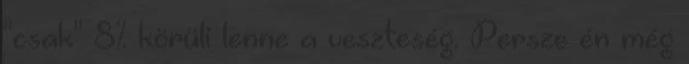
"csak" 8% körüli lenne a veszteség. Persze én még